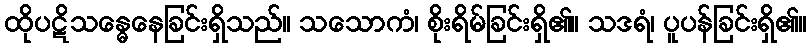
ထိုပဋိသန္ဓေနေခြင်းရှိသည်။ သသောကံ၊ စိုးရိမ်ခြင်းရှိ၏။ သဒရံ၊ ပူပန်ခြင်းရှိ၏။